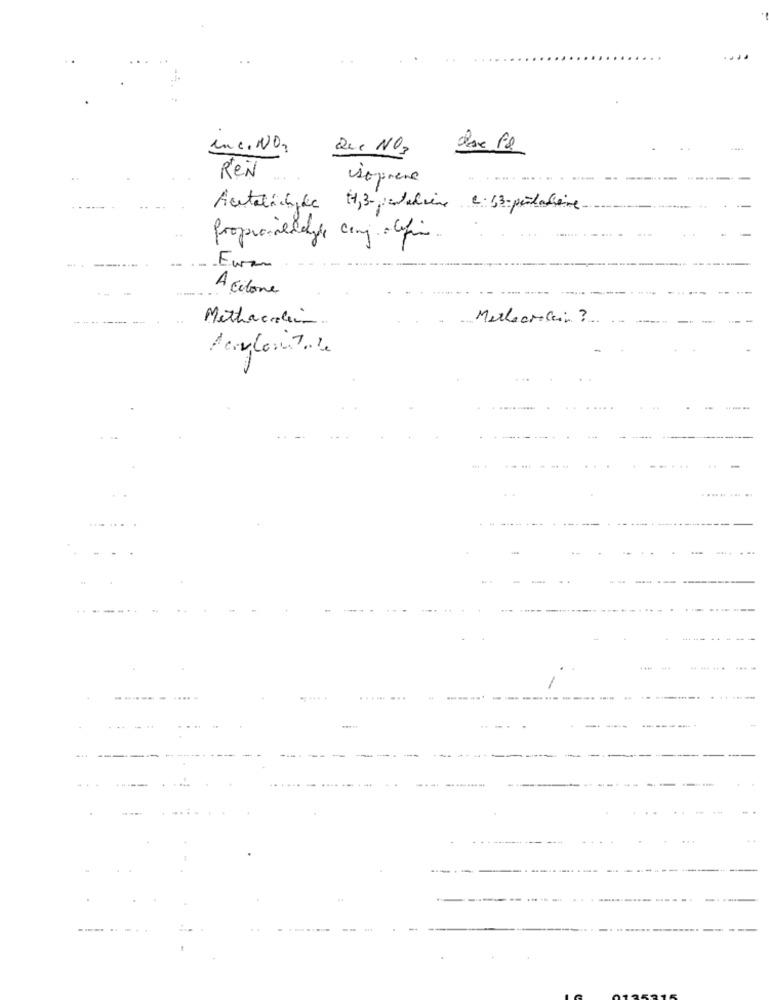
Inc. NO,
Que NOS
REN
supreme
Actalichile H1,3- portalsine 2.13-portashere
-
Proprioeddyle cong. afin.
A citone
------ --
Methacolin.
Meteorolein ?
-----
......